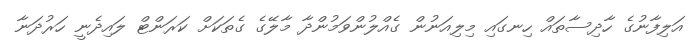
އަލިފާނުގެ ހާދިސާތައް ހިނގައި މިލިއަނުން ގެއްލުންވަމުންދާ މާލޭގެ ގެތަކަށް ކަރަންޓް ލައިދެނީ ހަރުދަނާ